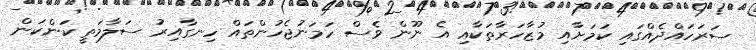
ސަރަހައްދެއްގައި ކަމަށާއި މުޒާހަރާތަކާއި އެ ނޫން ވެސް ހަމަނުޖެހުންތައް ހިނގާއިރު ސަލާމަތީ ކަންކަން